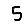
Digit: 5